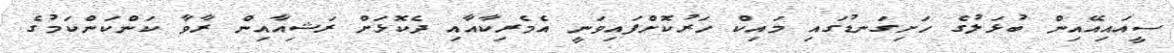
ސީއައިއޭއިން ބުޅަލުގެ ހަށިގަނޑުގައި މައިކް ހަރުކޮށްފައިވަނީ އެމެރިކާއާއި ދެކޮޅަށް ރަޝިއާއިން ރާވާ ކަންކަންކަމުގެ